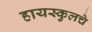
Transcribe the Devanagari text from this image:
हायस्‍कुलचे